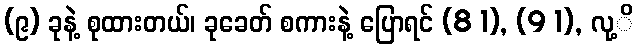
(၉) ခုနဲ့ စုထားတယ်၊ ခုခေတ် စကားနဲ့ ပြောရင် (8 1), (9 1), လု့ိ